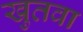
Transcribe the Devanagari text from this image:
खुतवा